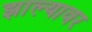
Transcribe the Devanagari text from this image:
झाल्‍यावर